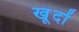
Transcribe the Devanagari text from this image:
खूंदों